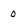
Character: 0